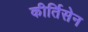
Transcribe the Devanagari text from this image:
कीर्तिसेन